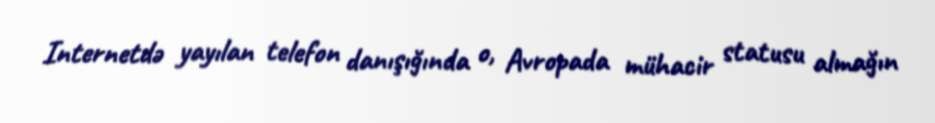
Internetdə yayılan telefon danışığında o, Avropada mühacir statusu almağın